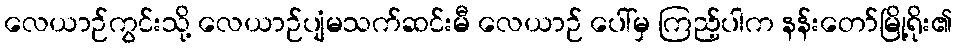
လေယာဉ်ကွင်းသို့ လေယာဉ်ပျံမသက်ဆင်းမီ လေယာဉ် ပေါ်မှ ကြည့်ပါက နန်းတော်မြို့ရိုး၏